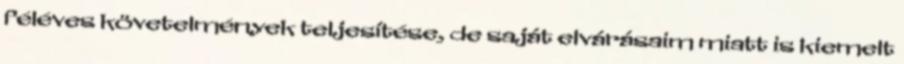
féléves követelmények teljesítése, de saját elvárásaim miatt is kiemelt